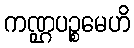
ကဏ္ဌပဉ္စမေဟိ